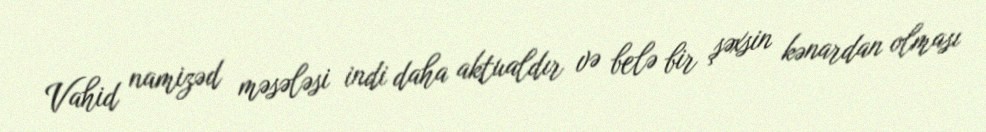
Vahid namizəd məsələsi indi daha aktualdır və belə bir şəxsin kənardan olması